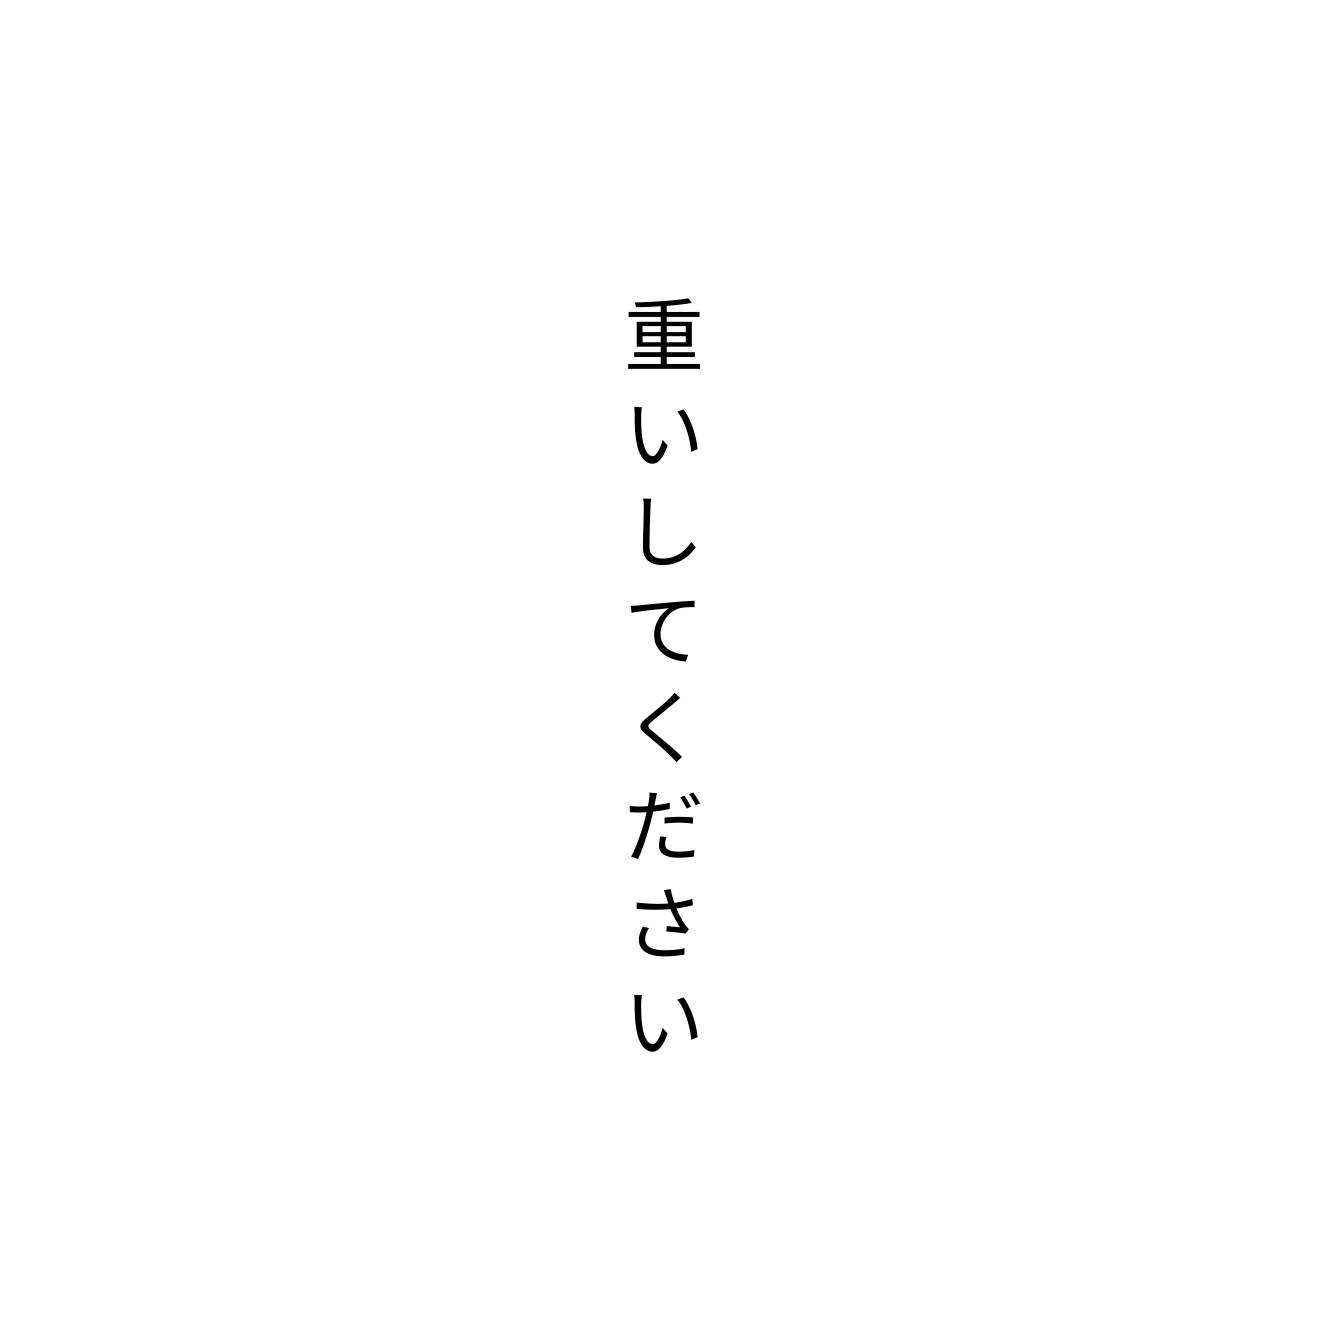
重いしてください